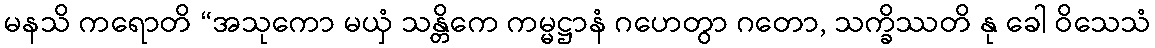
မနသိ ကရောတိ “အသုကော မယှံ သန္တိကေ ကမ္မဋ္ဌာနံ ဂဟေတွာ ဂတော, သက္ခိဿတိ နု ခေါ ဝိသေသံ